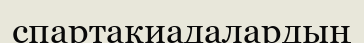
спартакиадалардың